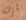
آرك